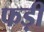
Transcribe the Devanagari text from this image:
फड़ी